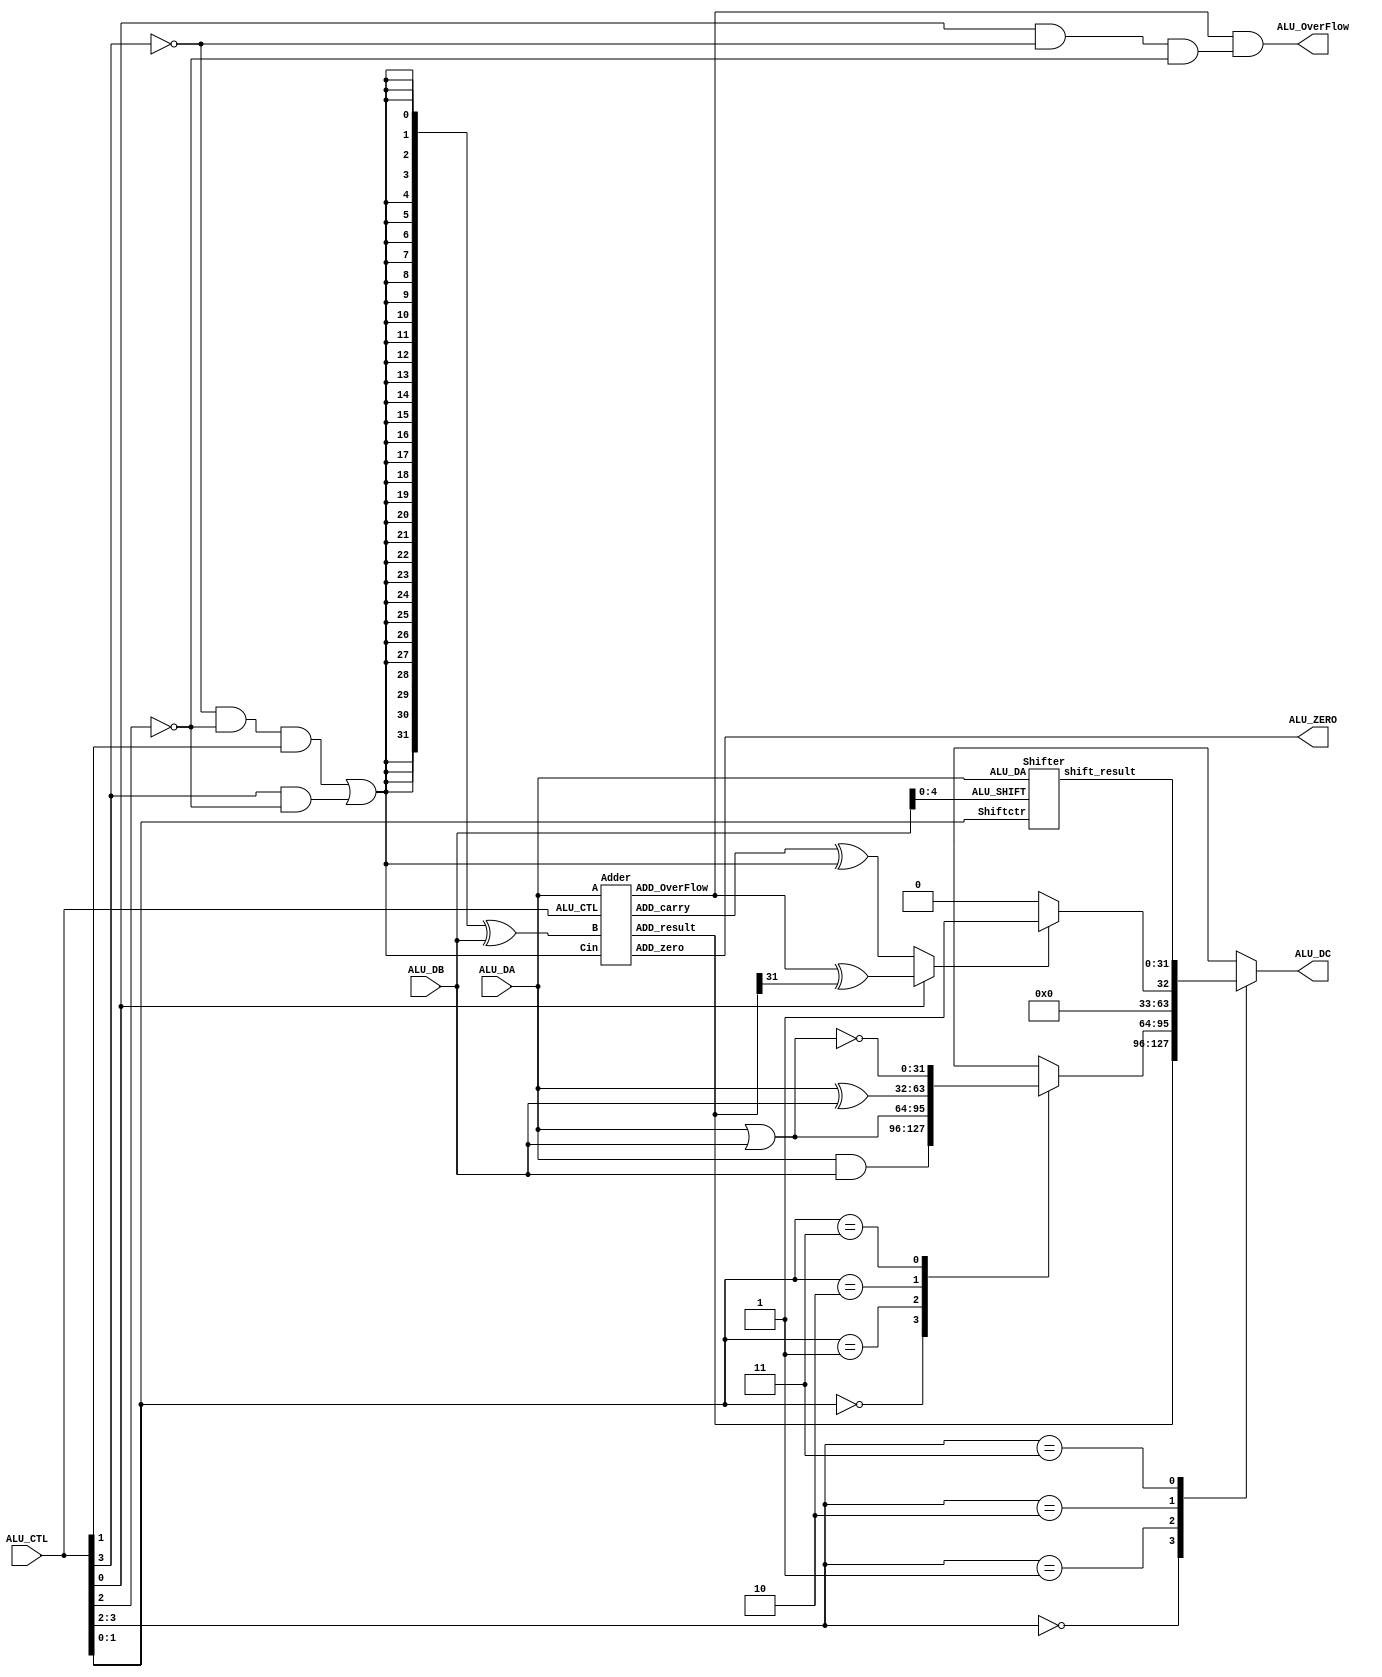
module alu(
	   ALU_DA,
       ALU_DB,
       ALU_CTL,
       ALU_ZERO,
       ALU_OverFlow,
       ALU_DC   
        );
	input [31:0]    ALU_DA;
    input [31:0]    ALU_DB;
    input [3:0]     ALU_CTL;
    output          ALU_ZERO;
    output          ALU_OverFlow;
    output reg [31:0]   ALU_DC;
		   
//********************generate ctr***********************
wire SUBctr;
wire SIGctr;
wire Ovctr;
wire [1:0] Opctr;
wire [1:0] Logicctr;
wire [1:0] Shiftctr;

assign SUBctr = (~ ALU_CTL[3]  & ~ALU_CTL[2]  & ALU_CTL[1]) | ( ALU_CTL[3]  & ~ALU_CTL[2]);
assign Opctr = ALU_CTL[3:2];
assign Ovctr = ALU_CTL[0] & ~ ALU_CTL[3]  & ~ALU_CTL[2] ;
assign SIGctr = ALU_CTL[0];
assign Logicctr = ALU_CTL[1:0]; 
assign Shiftctr = ALU_CTL[1:0]; 

//********************************************************

//*********************logic op***************************
reg [31:0] logic_result;

always@(*) begin
    case(Logicctr)
	2'b00:logic_result = ALU_DA & ALU_DB;
	2'b01:logic_result = ALU_DA | ALU_DB;
	2'b10:logic_result = ALU_DA ^ ALU_DB;
	2'b11:logic_result = ~(ALU_DA | ALU_DB);
	endcase
end 

//********************************************************
//************************shift op************************
wire [4:0]     ALU_SHIFT;
wire [31:0] shift_result;
assign ALU_SHIFT=ALU_DB[4:0];

Shifter Shifter(.ALU_DA(ALU_DA),
                .ALU_SHIFT(ALU_SHIFT),
				.Shiftctr(Shiftctr),
				.shift_result(shift_result));

//********************************************************
//************************add sub op**********************
wire [31:0] BIT_M,XOR_M;
wire ADD_carry,ADD_OverFlow;
wire [31:0] ADD_result;

assign BIT_M={32{SUBctr}};
assign XOR_M=BIT_M^ALU_DB;

Adder Adder(.A(ALU_DA),
            .B(XOR_M),
			.Cin(SUBctr),
			.ALU_CTL(ALU_CTL),
			.ADD_carry(ADD_carry),
			.ADD_OverFlow(ADD_OverFlow),
			.ADD_zero(ALU_ZERO),
			.ADD_result(ADD_result));

assign ALU_OverFlow = ADD_OverFlow & Ovctr;

//********************************************************
//**************************slt op************************
wire [31:0] SLT_result;
wire LESS_M1,LESS_M2,LESS_S,SLT_M;

assign LESS_M1 = ADD_carry ^ SUBctr;
assign LESS_M2 = ADD_OverFlow ^ ADD_result[31];
assign LESS_S = (SIGctr==1'b0)?LESS_M1:LESS_M2;
assign SLT_result = (LESS_S)?32'h00000001:32'h00000000;

//********************************************************
//**************************ALU result********************
always @(*) 
begin
  case(Opctr)
     2'b00:ALU_DC<=ADD_result;
     2'b01:ALU_DC<=logic_result;
     2'b10:ALU_DC<=SLT_result;
     2'b11:ALU_DC<=shift_result; 
  endcase
end

//********************************************************
endmodule


//********************************************************
//*************************shifter************************
module Shifter(input [31:0] ALU_DA,
               input [4:0] ALU_SHIFT,
			   input [1:0] Shiftctr,
			   output reg [31:0] shift_result);
			   

     wire [5:0] shift_n;
	 assign shift_n = 6'd32 - Shiftctr;
     always@(*) begin
	   case(Shiftctr)
	   2'b00:shift_result = ALU_DA << ALU_SHIFT;
	   2'b01:shift_result = ALU_DA >> ALU_SHIFT;
	   2'b10:shift_result = ({32{ALU_DA[31]}} << shift_n) | (ALU_DA >> ALU_SHIFT);
	   default:shift_result = ALU_DA;
	   endcase
	 end


endmodule

//*************************************************************
//***********************************adder*********************
module Adder(input [31:0] A,
             input [31:0] B,
			 input Cin,
			 input [3:0] ALU_CTL,
			 output ADD_carry,
			 output ADD_OverFlow,
			 output ADD_zero,
			 output [31:0] ADD_result);


    assign {ADD_carry,ADD_result}=A+B+Cin;
   assign ADD_zero = ~(|ADD_result);
   assign ADD_OverFlow=((ALU_CTL==4'b0001) & ~A[31] & ~B[31] & ADD_result[31]) 
                      | ((ALU_CTL==4'b0001) & A[31] & B[31] & ~ADD_result[31])
                      | ((ALU_CTL==4'b0011) & A[31] & ~B[31] & ~ADD_result[31]) 
					  | ((ALU_CTL==4'b0011) & ~A[31] & B[31] & ADD_result[31]);
endmodule